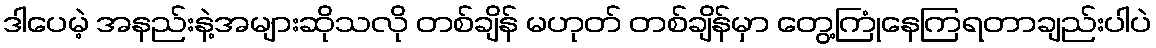
ဒါပေမဲ့ အနည်းနဲ့အများဆိုသလို တစ်ချိန် မဟုတ် တစ်ချိန်မှာ တွေ့ကြုံနေကြရတာချည်းပါပဲ